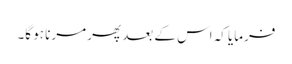
فرمایا کہ اس کے بعد پھر مرنا ہو گا۔